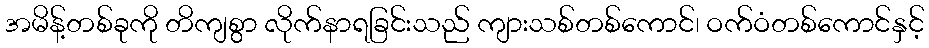
အမိန့်တစ်ခုကို တိကျစွာ လိုက်နာရခြင်းသည် ကျားသစ်တစ်ကောင်၊ ဝက်ဝံတစ်ကောင်နှင့်